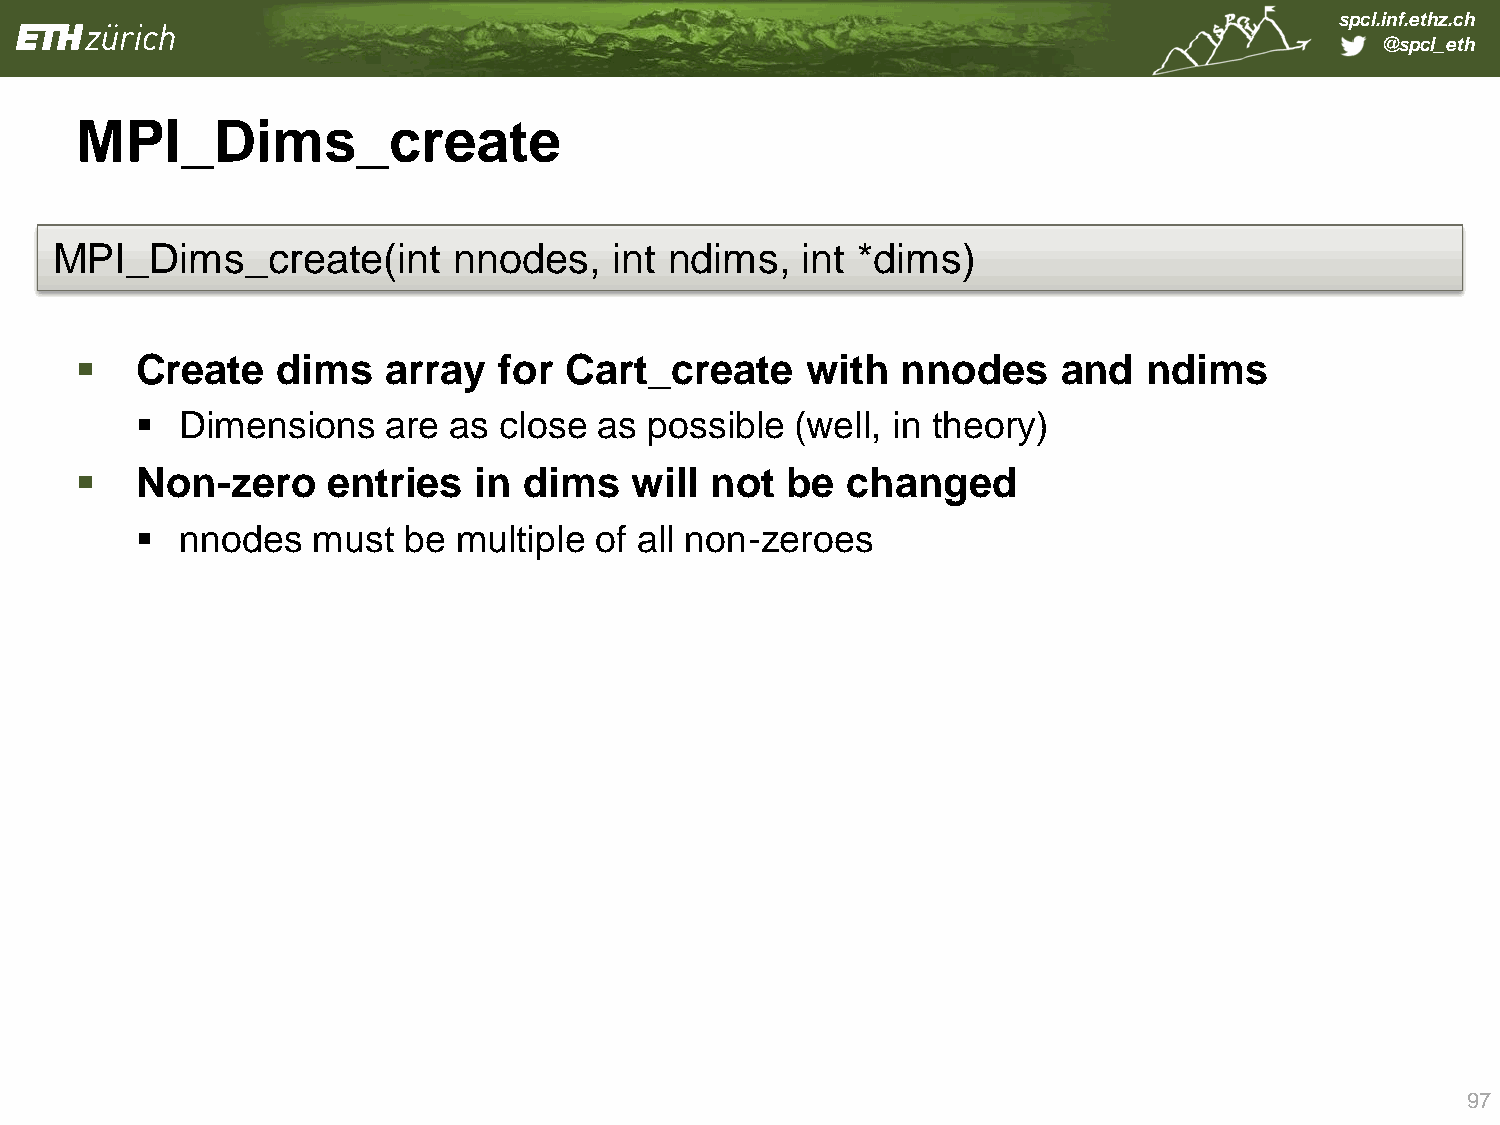
spcl.inf.ethz.ch
 @spcl_eth
 MPI_Dims_create
 MPI_Dims_create(int        nnodes,    int ndims,  int *dims)
    Create   dims   array   for Cart_create     with   nnodes    and   ndims
   Dimensions   are  as close  as possible  (well, in theory)
    Non-zero     entries  in  dims   will not  be  changed
   nnodes   must  be multiple of all non-zeroes
 97